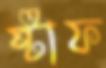
ষ্টাফ